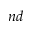
^ { n d }